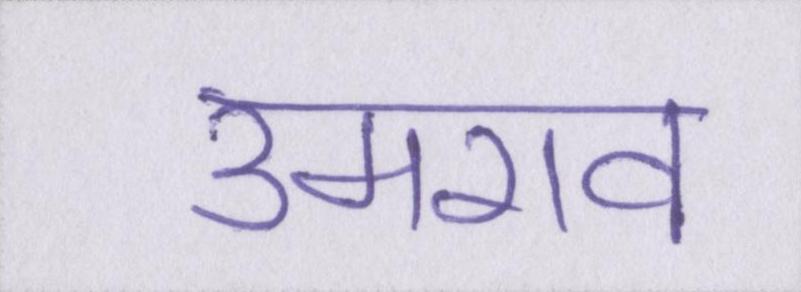
उमराव